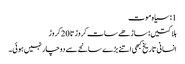
1: سیاہ موت
ہلاکتیں: ساڑھے سات کروڑ تا 20 کروڑ
انسانی تاریخ کبھی اتنے بڑے سانحے سے دوچار نہیں ہوئی۔